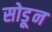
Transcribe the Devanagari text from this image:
सोडूून